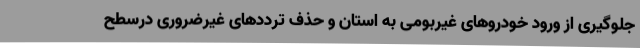
جلوگیری از ورود خودروهای غیربومی به استان و حذف ترددهای غیرضروری درسطح